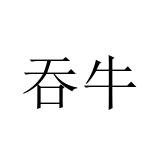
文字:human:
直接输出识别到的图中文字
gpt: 吞牛